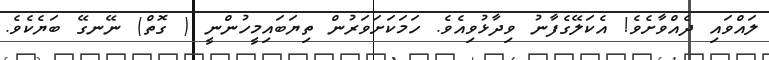
ލައްވައި ދެއްވާށެވެ! އެކަލޭގެފާނު ވިދާޅުވިއެވެ. ހަމަކަށަވަރުން ތިޔަބައިމީހުންނީ ( ގޮތް) ނޭނގޭ ބަޔެކެވެ.